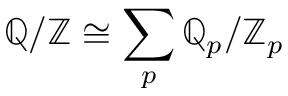
\mathbb { Q } / \mathbb { Z } \cong \sum _ { p } \mathbb { Q } _ { p } / \mathbb { Z } _ { p }